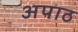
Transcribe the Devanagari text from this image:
अपाठ